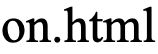
on.html